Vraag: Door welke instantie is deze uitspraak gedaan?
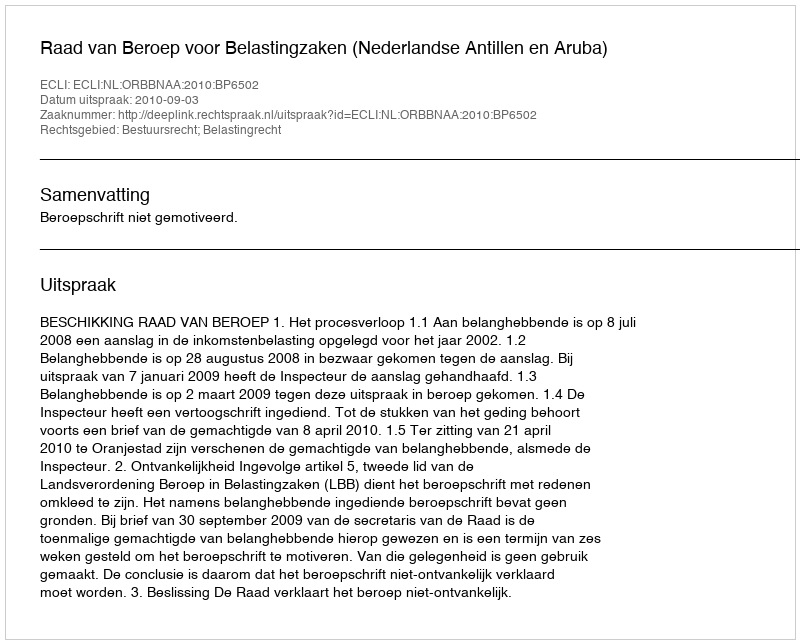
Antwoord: Raad van Beroep voor Belastingzaken (Nederlandse Antillen en Aruba)